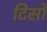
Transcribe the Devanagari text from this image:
टिसो